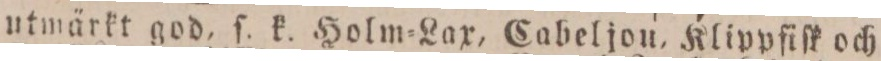
utmärkt god, ſ. k. Holm=Lax, Cabeljou, Klippfiſk och